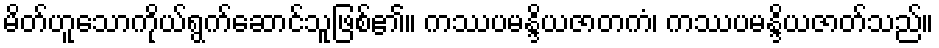
မိတ်ဟူသောကိုယ်ရွက်ဆောင်သူဖြစ်၏။ ကဿပမန္ဒိယဇာတကံ၊ ကဿပမန္ဒိယဇာတ်သည်။